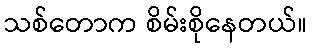
သစ်တောက စိမ်းစိုနေတယ်။